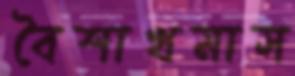
বৈশাখমাস